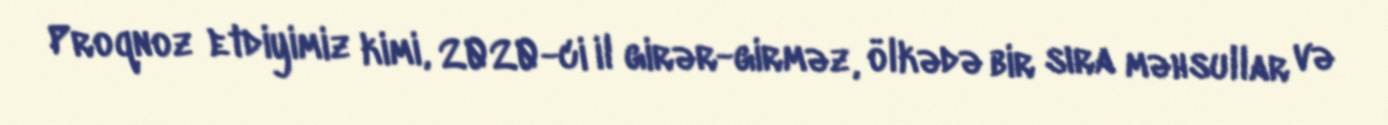
Proqnoz etdiyimiz kimi, 2020-ci il girər-girməz, ölkədə bir sıra məhsullar və